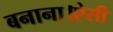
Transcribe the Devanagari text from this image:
बनाना।ऐसी